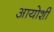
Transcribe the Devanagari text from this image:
आयोशी